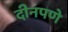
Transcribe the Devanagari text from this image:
दीनपणे